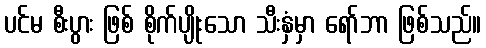
ပင်မ စီးပွား ဖြစ် စိုက်ပျိုးသော သီးနှံမှာ ရော်ဘာ ဖြစ်သည်။